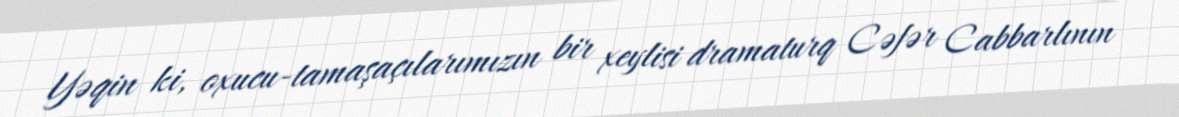
Yəqin ki, oxucu-tamaşaçılarımızın bir xeylisi dramaturq Cəfər Cabbarlının